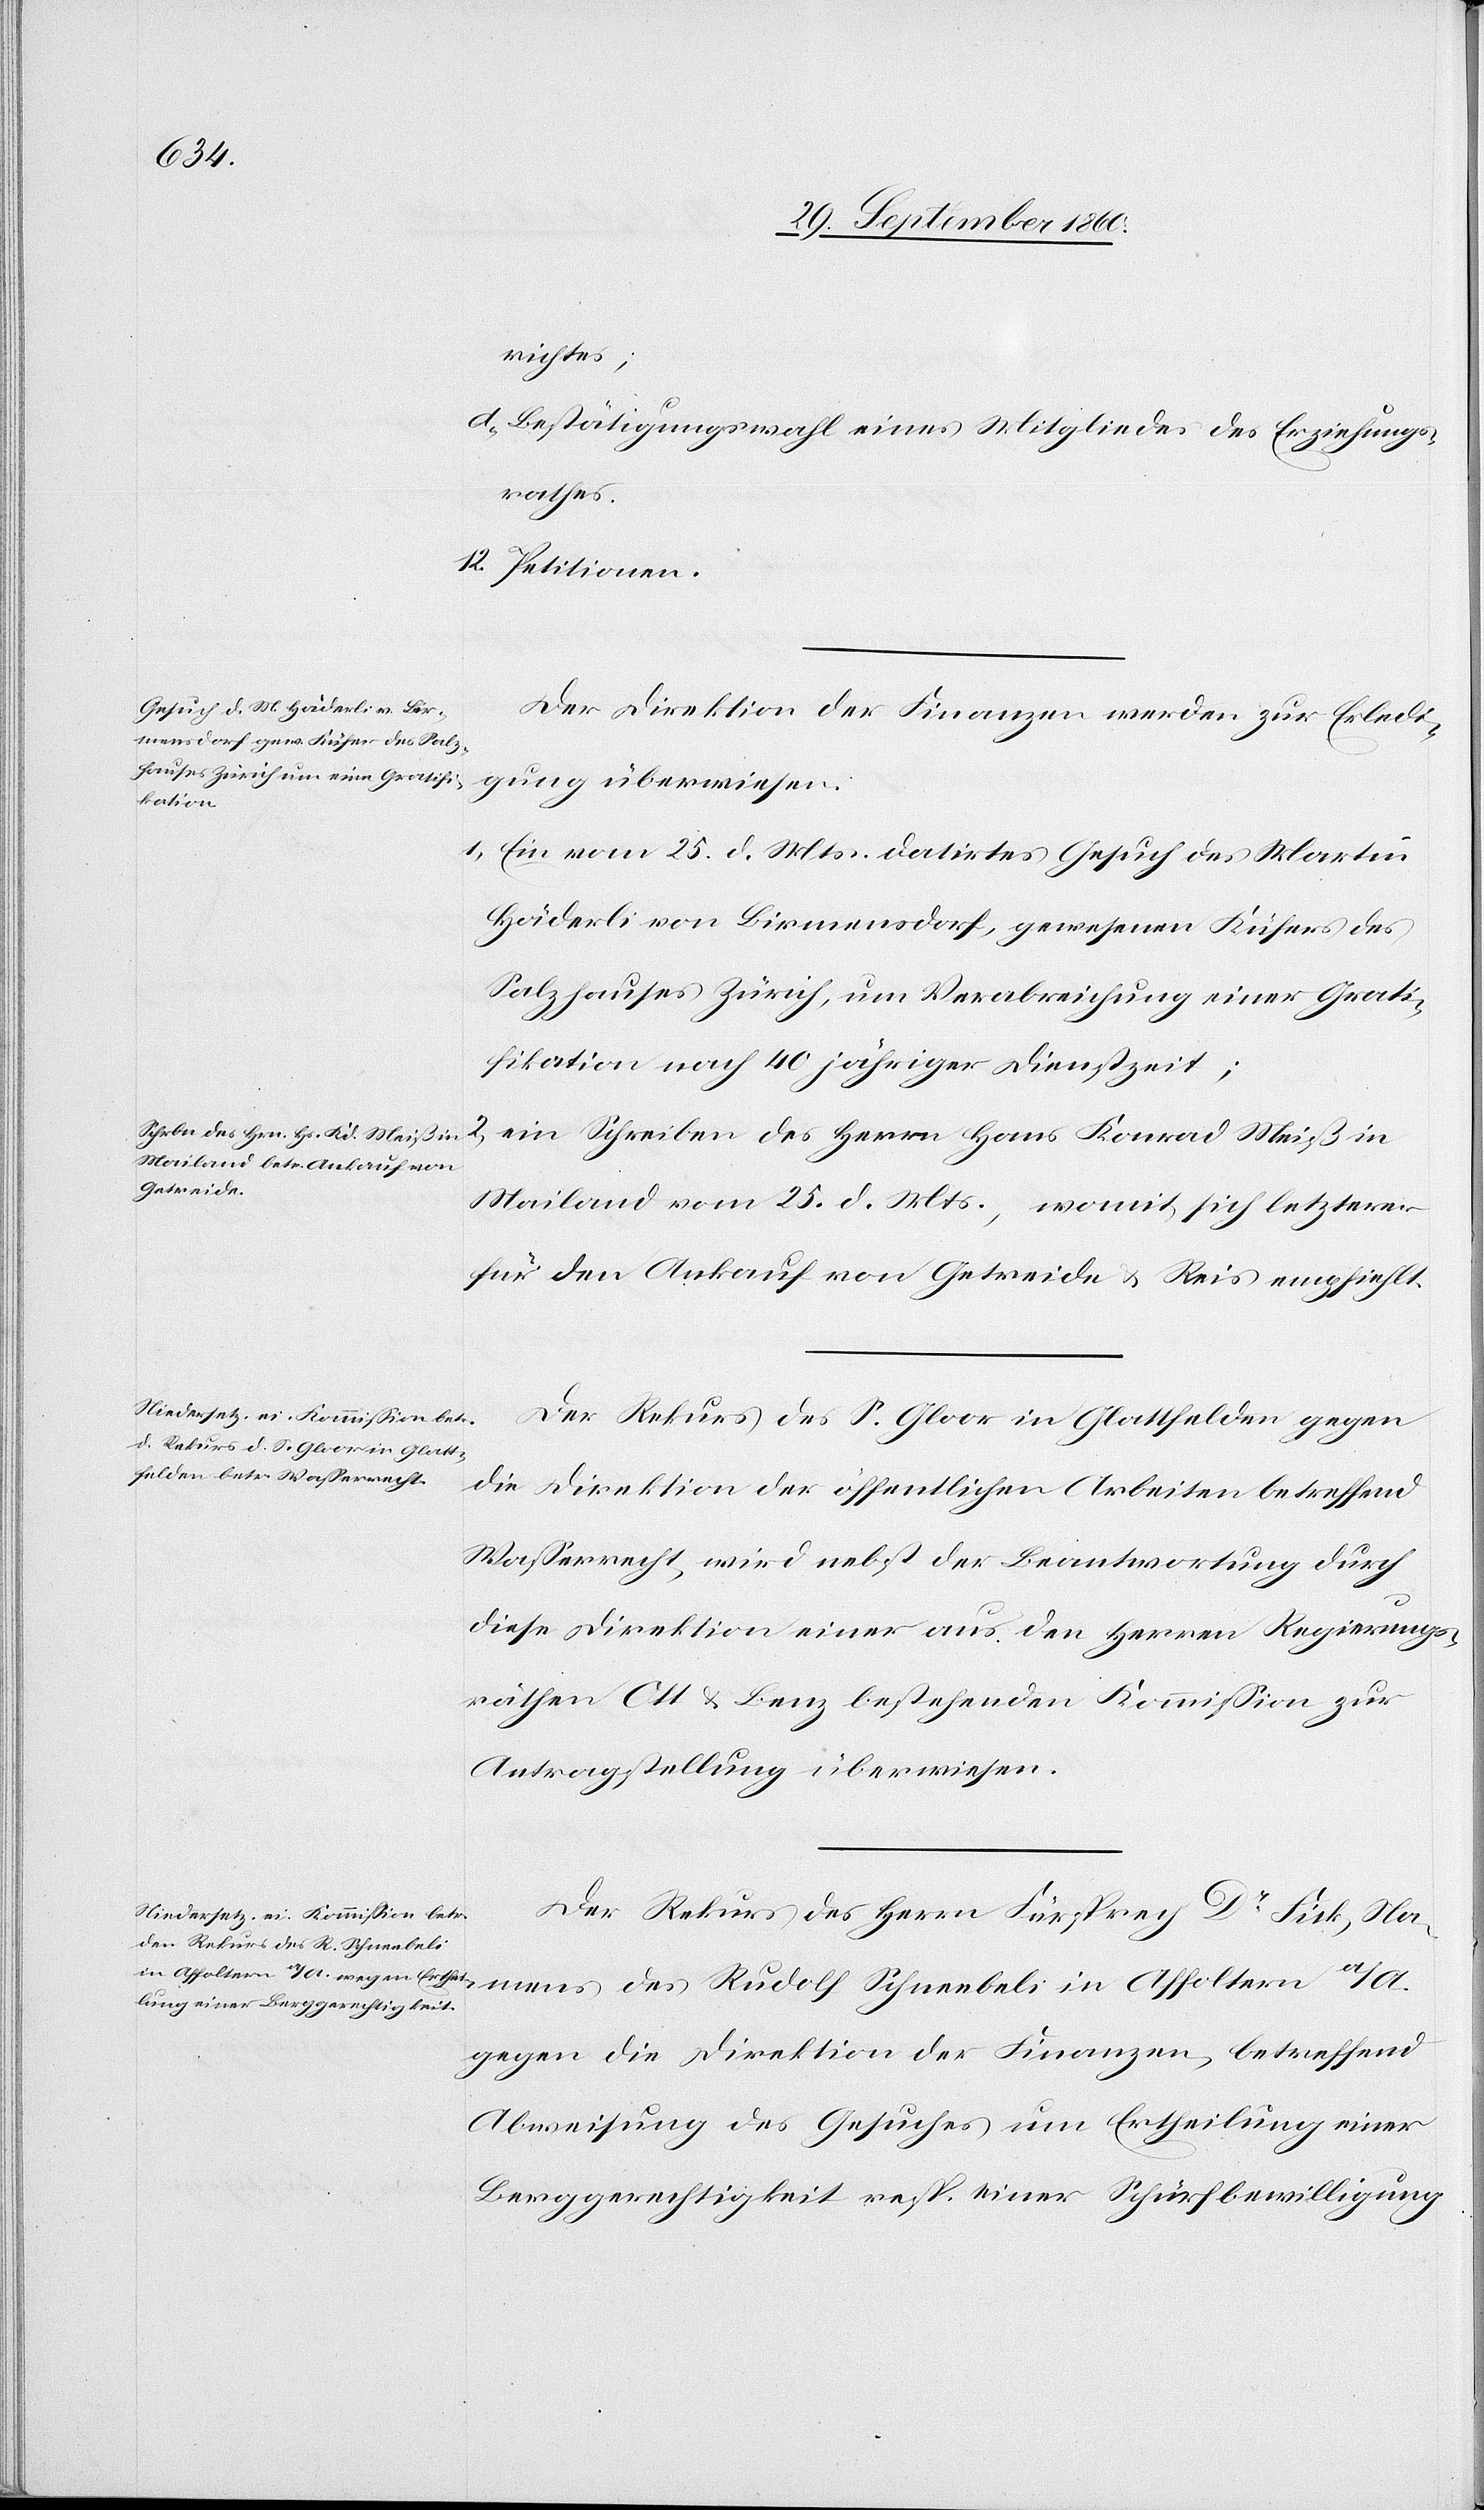
richtes;
d. Bestätigungswahl eines Mitgliedes des Erziehungs¬
rathes.
12. Petitionen.
Der Direktion der Finanzen werden zur Erledi¬
gung überwiesen:
1. Ein vom 25. d. Mts. datirtes Gesuch des Martin
Häderli von Birmensdorf, gewesenen Küfers des
Salzhauses Zürich, um Verabreichung einer Grati¬
fikation nach 40 jähriger Dienstzeit.
2. Ein Schreiben des Herrn Hans Konrad Meiß in
Mailand vom 25. d. Mts., womit sich letzterer
für den Ankauf von Getreide u. Reis empfiehlt.
Der Rekurs des S. Gloor in Glattfelden gegen
die Direktion der öffentlichen Arbeiten betreffend
Wasserrecht, wird nebst der Beantwortung durch
diese Direktion einer aus den Herren Regierungs¬
räthen Ott & Benz bestehenden Kommission zur
Antragstellung überwiesen.
Der Rekurs des Herrn Fürsprech Dr Fick, Namens
gegen die Direktion der Finanzen, betreffend
Abweisung des Gesuches um Ertheilung einer
Berggerechtigkeit resp. einer Schürfbewilligung